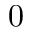
\boldsymbol { 0 }